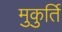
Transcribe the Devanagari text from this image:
मुकुर्ति